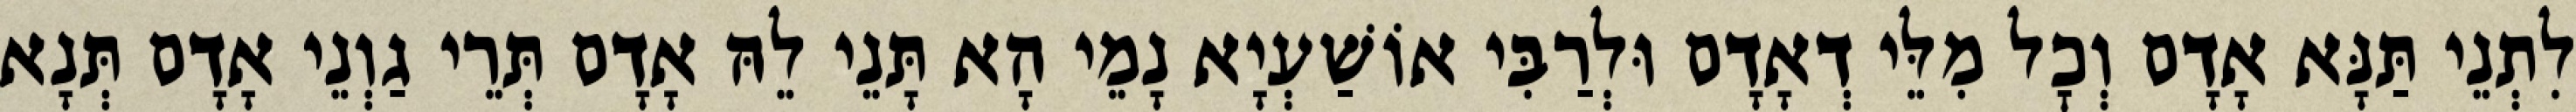
לִתְנֵי תַּנָּא אָדָם וְכׇל מִלֵּי דְאָדָם וּלְרַבִּי אוֹשַׁעְיָא נָמֵי הָא תָּנֵי לֵהּ אָדָם תְּרֵי גַוְנֵי אָדָם תְּנָא